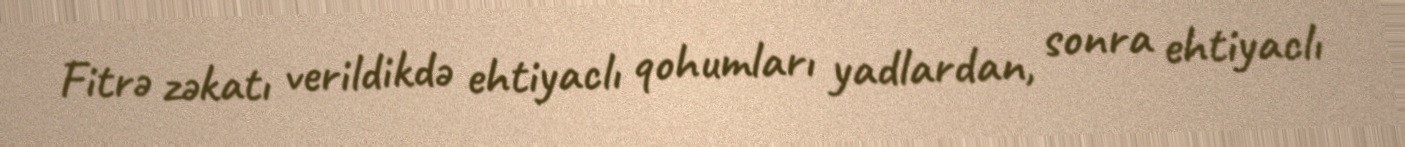
Fitrə zəkatı verildikdə ehtiyaclı qohumları yadlardan, sonra ehtiyaclı